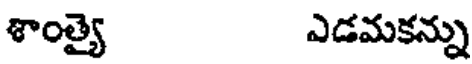
శాంత్యై ఎడమకన్ను